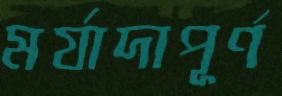
মর্যাদাপূর্ণ